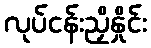
လုပ်ငန်းညှိနှိုင်း